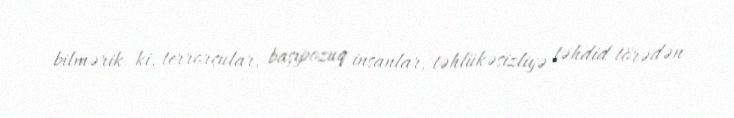
bilmərik ki, terrorçular, başıpozuq insanlar, təhlükəsizliyə təhdid törədən